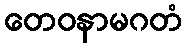
တေဝနာမဂတံ